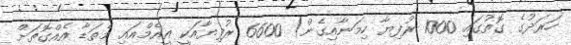
ހަރަދުގެ ގޮތުގައި 1000 ރުފިޔާ ހިމަނާއިގެން) 6600 ރުފިޔާއަކީ އީއެމްއައި މެތަޑާ އެއްގޮތަށް